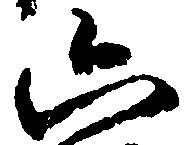
六